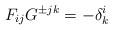
LaTeX: \begin{align*}F_{ij}G^{\pm jk} = - \delta^i_k\end{align*}